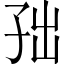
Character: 𱙹